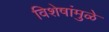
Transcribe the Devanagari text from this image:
विशेषांमुळे